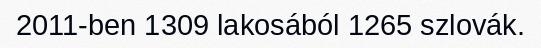
2011-ben 1309 lakosából 1265 szlovák.